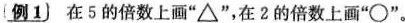
(例1) 在5的倍数上画“△”，在2的倍数上画”\circ ”。